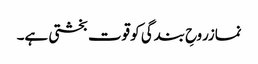
نمازروحِ بندگی کو قوت بخشتی ہے۔